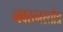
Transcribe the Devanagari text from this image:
नवरत्नस्तोत्र